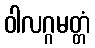
ဝါလဂ္ဂမတ္တံ